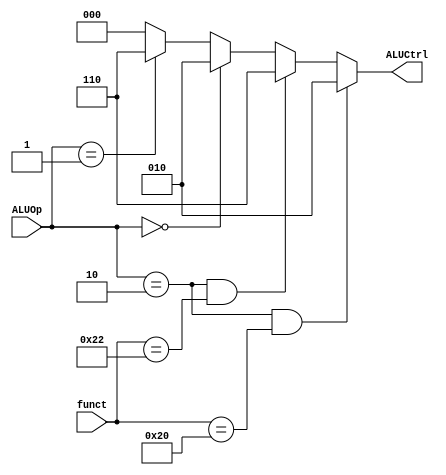
module Vr_HW2_ALU_control(funct, ALUOp, ALUCtrl);

  input [5:0] funct;
  input [1:0] ALUOp;
  output reg [2:0] ALUCtrl;

  /* Implementation 11: fill in your implmentation here */
always @ (*) begin
if((ALUOp == 2'b10) && (funct == 6'b100000))
ALUCtrl = 3'b010;
else if((ALUOp == 2'b10) && (funct == 6'b100010))
ALUCtrl = 3'b110;
else if((ALUOp == 2'b00)) 
ALUCtrl = 3'b010;
else if((ALUOp == 2'b01)) 
ALUCtrl = 3'b110;
else 
ALUCtrl = 0;
end
endmodule